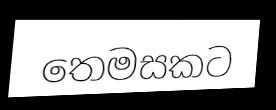
තෙමසකට